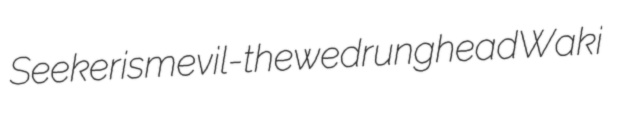
Seekerism evil-thewed runghead Waki